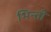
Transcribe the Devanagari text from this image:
भिन्ती